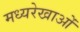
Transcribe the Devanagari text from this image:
मध्यरेखाओं